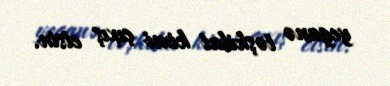
yeganə təşkilat kimi çıxış etsin.